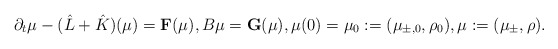
\begin{align*} \partial_t \mu - (\hat{L} + \hat{K}) (\mu) = {\bf F}(\mu), B \mu = {\bf G}(\mu),\mu(0) = \mu_0 := (\mu_{\pm,0},\rho_0), \mu := (\mu_\pm, \rho).\end{align*}